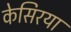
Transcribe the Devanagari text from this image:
केसिरया